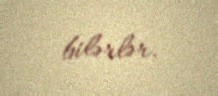
bilərlər.